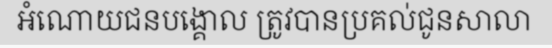
អំណោយជនបង្គោល ត្រូវបានប្រគល់ជូនសាលា